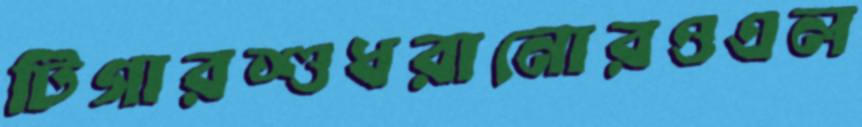
টিগারশুধরানোরওএল